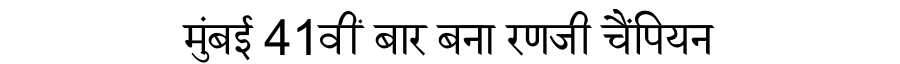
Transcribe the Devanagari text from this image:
मुंबई 41वीं बार बना रणजी चैंपियन